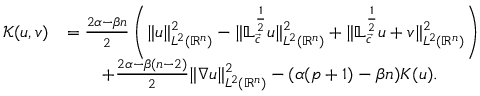
\begin{array} { r l } { \mathscr { K } ( u , v ) } & { = \frac { 2 \alpha - \beta n } 2 \left( \| u \| _ { { L ^ { 2 } ( { \mathbb { R } ^ { n } } ) } } ^ { 2 } - \| \mathbb { L } _ { \vec { c } } ^ { \frac 1 2 } u \| _ { L ^ { 2 } ( { \mathbb { R } ^ { n } } ) } ^ { 2 } + \| \mathbb { L } _ { \vec { c } } ^ { \frac 1 2 } u + v \| _ { L ^ { 2 } ( { \mathbb { R } ^ { n } } ) } ^ { 2 } \right) } \\ & { \qquad + \frac { 2 \alpha - \beta ( n - 2 ) } 2 \| \nabla u \| _ { L ^ { 2 } ( { \mathbb { R } ^ { n } } ) } ^ { 2 } - ( \alpha ( p + 1 ) - \beta n ) K ( u ) . } \end{array}